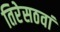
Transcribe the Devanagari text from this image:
तिरेसठवां